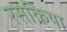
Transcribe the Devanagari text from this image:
रसक्रिया